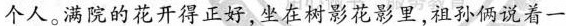
个人。满院的花开得正好，坐在树影花影里，祖孙俩说着一